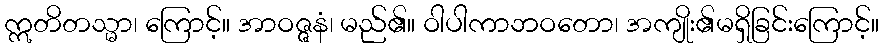
ဣတိတသ္မာ၊ ကြောင့်။ အာဝဇ္ဇနံ၊ မည်၏။ ဝါပါကာဘဝတော၊ အကျိုး၏မရှိခြင်းကြောင့်။